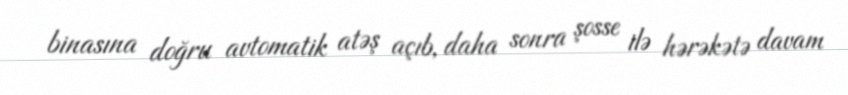
binasına doğru avtomatik atəş açıb, daha sonra şosse ilə hərəkətə davam